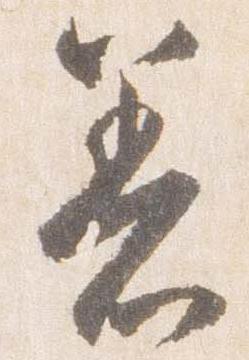
着